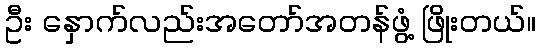
ဦး နှောက်လည်းအတော်အတန်ဖွံ့ ဖြိုးတယ်။